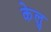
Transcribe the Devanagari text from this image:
केलु